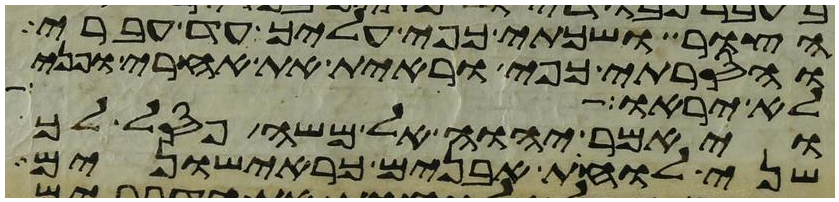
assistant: הצור ושכתי כפי עליך עד עברי
והסרתי כפי וראית את אחרי ופני
לא יראוה
ויאמר יהוה אל משה פסל לך
שני לוחת אבנים כראישונים